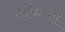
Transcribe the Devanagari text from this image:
पर्शुकाआं